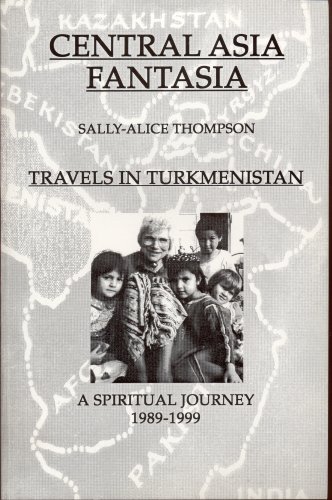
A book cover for Central Asia Fantasia: Transitions in Turkmenistan, A Spiritual Journey 1989-1999 (Travels in Turkmenistan); Sally-Alice Thompson; Travel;